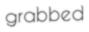
grabbed